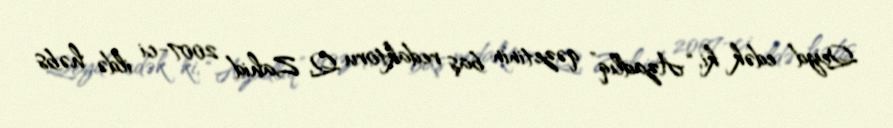
Qeyd edək ki, “Azadlıq” qəzetinin baş redaktoru Q. Zahid 2007-ci ildə həbs